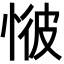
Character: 𢜢